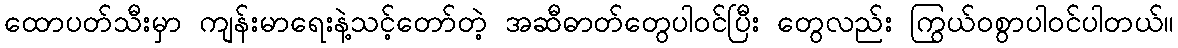
ထောပတ်သီးမှာ ကျန်းမာရေးနဲ့သင့်တော်တဲ့ အဆီဓာတ်တွေပါဝင်ပြီး တွေလည်း ကြွယ်ဝစွာပါဝင်ပါတယ်။